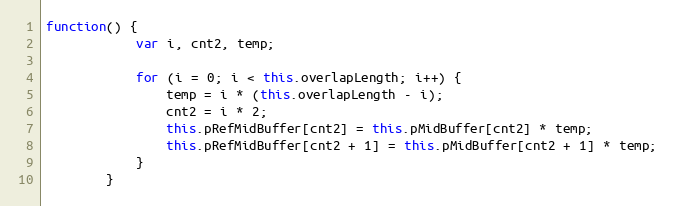
Language: JavaScript
function() {
            var i, cnt2, temp;

            for (i = 0; i < this.overlapLength; i++) {
                temp = i * (this.overlapLength - i);
                cnt2 = i * 2;
                this.pRefMidBuffer[cnt2] = this.pMidBuffer[cnt2] * temp;
                this.pRefMidBuffer[cnt2 + 1] = this.pMidBuffer[cnt2 + 1] * temp;
            }
        }